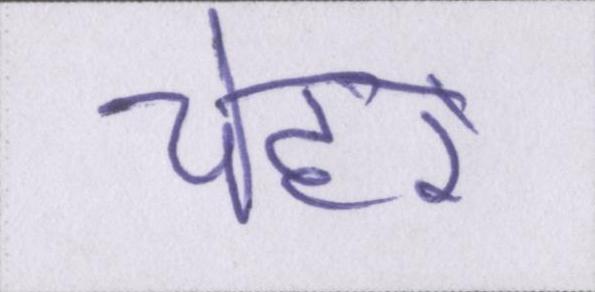
चेहरे